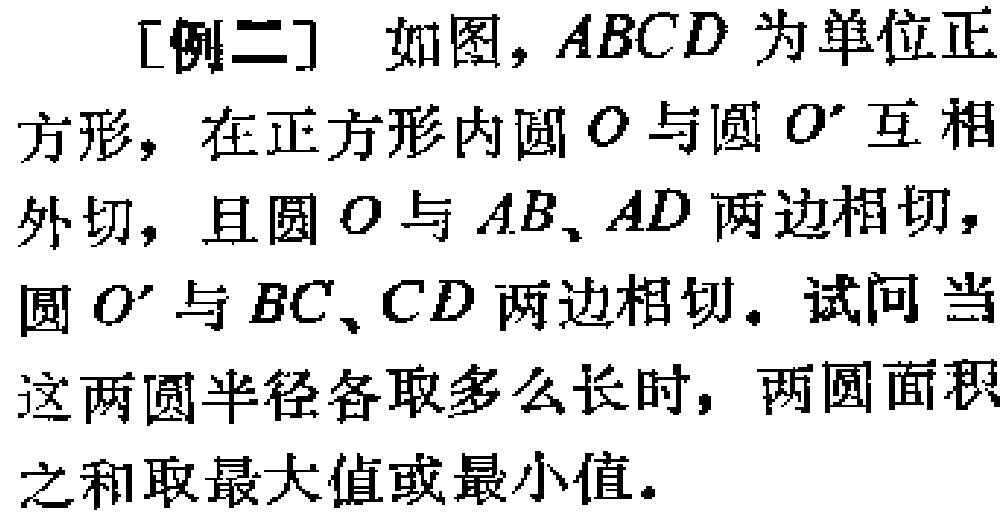
[例二] 如图，$ABCD$ 为单位正方形，在正方形内圆 $O$ 与圆 $O'$ 互相外切，且圆 $O$ 与 $AB、AD$ 两边相切，圆 $O'$ 与 $BC、CD$ 两边相切。试问当这两圆半径各取多么长时，两圆面积之和取最大值或最小值。